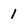
Character: 1